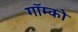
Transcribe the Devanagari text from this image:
गॉम्को